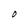
Character: M